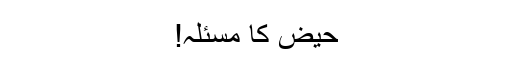
حیض کا مسئلہ!